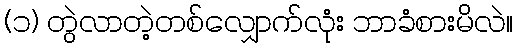
(၁) တွဲလာတဲ့တစ်လျှောက်လုံး ဘာခံစားမိလဲ။